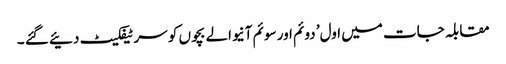
مقابلہ جات میں اول’ دوئم اور سوئم آنیوالے بچوں کو سرٹیفکیٹ دئیے گئے ۔